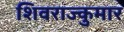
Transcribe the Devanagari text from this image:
शिवराज्कुमार